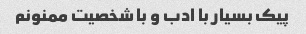
پیک بسیار با ادب و با شخصیت ممنونم